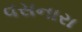
વસનારા